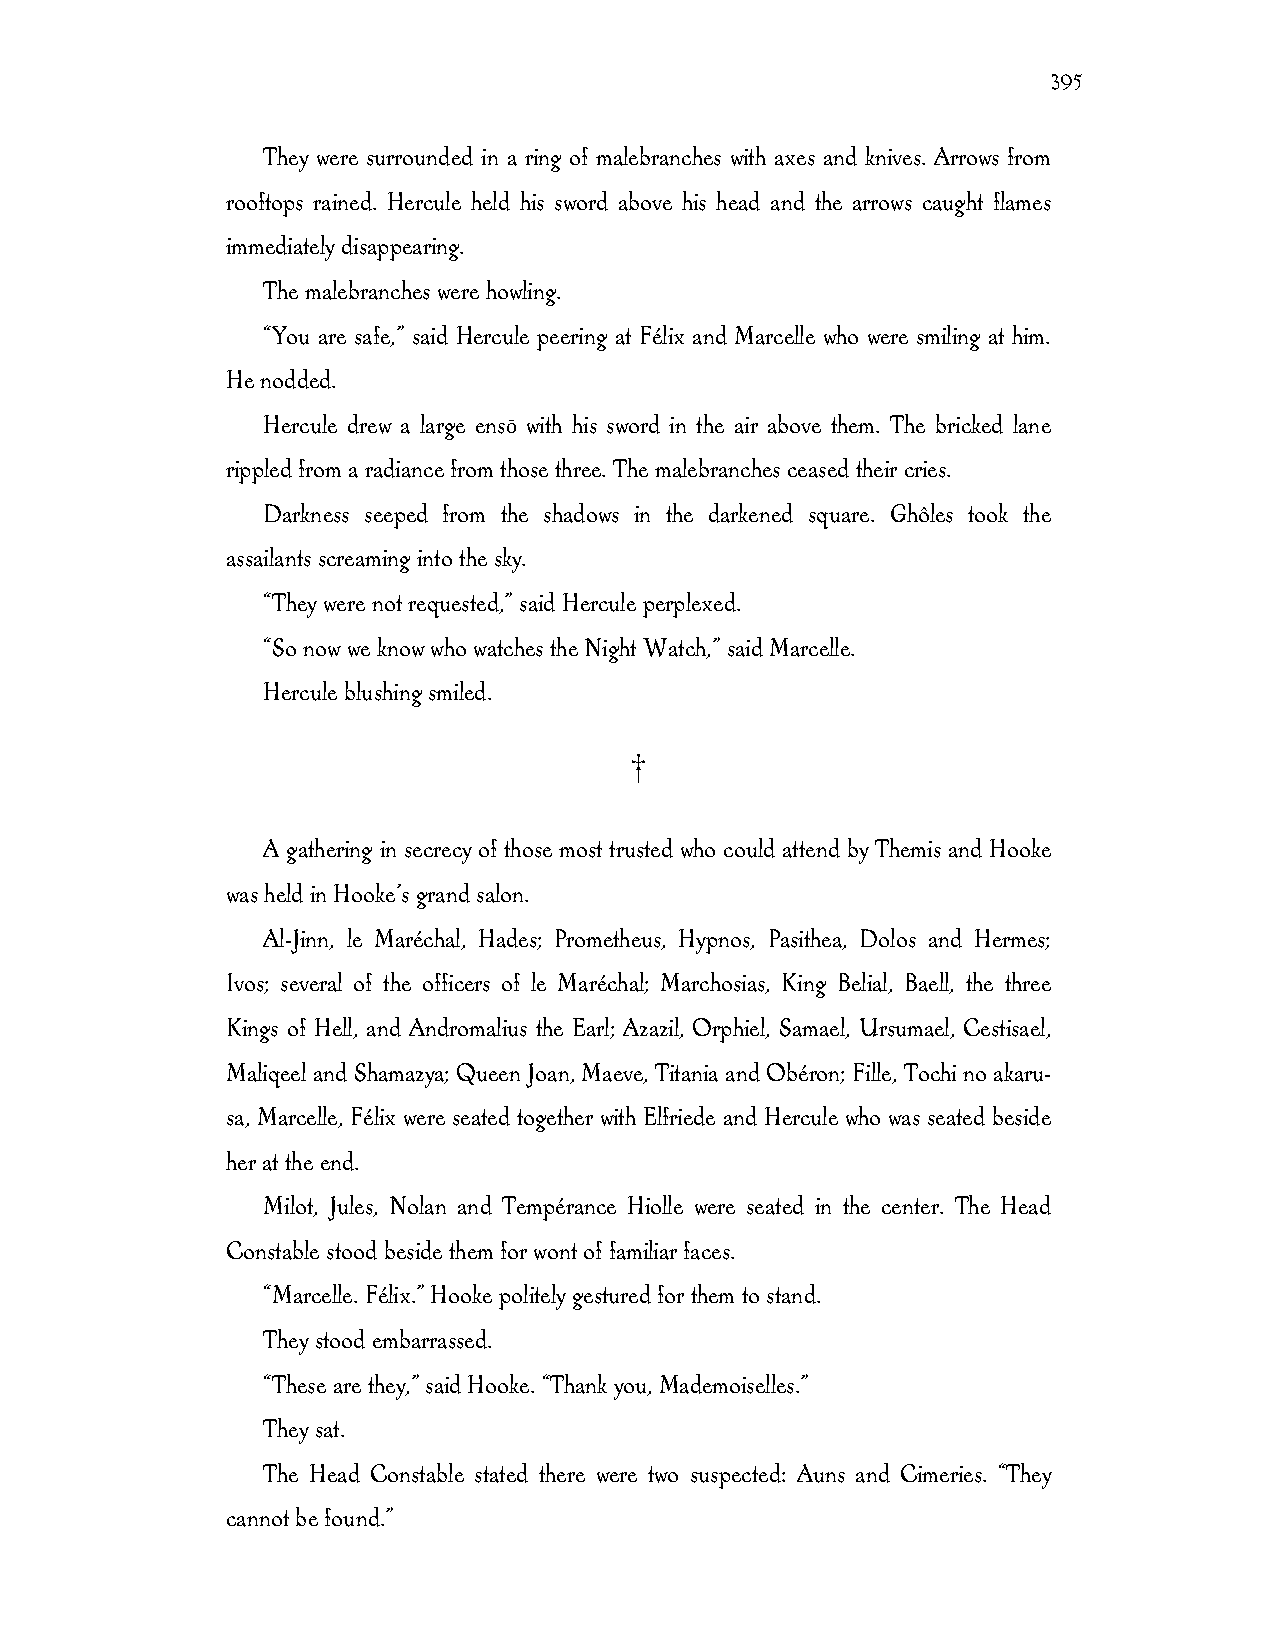
395
 They were surrounded in a ring of malebranches with axes and knives. Arrows from
 rooftops rained. Hercule held his sword above his head and the arrows caught flames
 immediately disappearing.
 The malebranches were howling.
 “You are safe,” said Hercule peering at Félix and Marcelle who were smiling at him.
 He nodded.
 Hercule drew a large ensō with his sword in the air above them. The bricked lane
 rippled from a radiance from those three. The malebranches ceased their cries.
 Darkness seeped from the shadows in the darkened square. Ghôles took the
 assailants screaming into the sky.
 “They were not requested,” said Hercule perplexed.
 “So now we know who watches the Night Watch,” said Marcelle.
 Hercule blushing smiled.
 †
 A gathering in secrecy of those most trusted who could attend by Themis and Hooke
 was held in Hooke’s grand salon.
 Al-Jinn, le Maréchal, Hades; Prometheus, Hypnos, Pasithea, Dolos and Hermes;
 Ivos; several of the officers of le Maréchal; Marchosias, King Belial, Baell, the three
 Kings of Hell, and Andromalius the Earl; Azazil, Orphiel, Samael, Ursumael, Cestisael,
 Maliqeel and Shamazya; Queen Joan, Maeve, Titania and Obéron; Fille, Tochi no akaru-
 sa, Marcelle, Félix were seated together with Elfriede and Hercule who was seated beside
 her at the end.
 Milot, Jules, Nolan and Tempérance Hiolle were seated in the center. The Head
 Constable stood beside them for wont of familiar faces.
 “Marcelle. Félix.” Hooke politely gestured for them to stand.
 They stood embarrassed.
 “These are they,” said Hooke. “Thank you, Mademoiselles.”
 They sat.
 The Head Constable stated there were two suspected: Auns and Cimeries. “They
 cannot be found.”